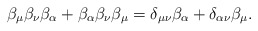
\begin{align*}\beta _\mu\beta _\nu \beta _\alpha +\beta _\alpha \beta _\nu \beta_\mu =\delta _{\mu \nu }\beta _\alpha +\delta _{\alpha \nu }\beta_\mu .\end{align*}